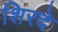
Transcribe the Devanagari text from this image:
शिरदे